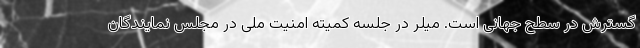
گسترش در سطح جهانی است. میلر در جلسه کمیته امنیت ملی در مجلس نمایندگان